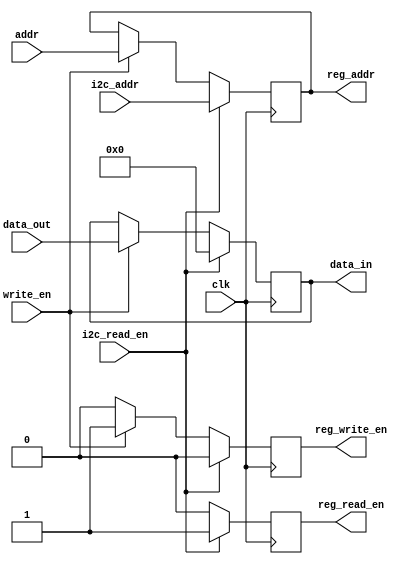
`timescale 1ns / 1ps

module mem_mux(
    input clk,
    input [3:0] addr,
    input [7:0] data_out,
    input write_en,
    input [3:0] i2c_addr,
    input i2c_read_en,
    output reg [3:0] reg_addr,
    output reg [7:0] data_in,
    output reg reg_write_en,
    output reg reg_read_en
    );
    
    always @ (posedge clk) begin
        reg_read_en = 0;
        reg_write_en = 0;
        if (i2c_read_en == 1) begin   // if read signal by i2c is asserted
            // let the i2c read the data pointed by i2c_addr
            reg_addr = i2c_addr;
            data_in = 0;
            reg_read_en = 1;
            reg_write_en = 0;
            
        end else if (write_en == 1) begin
            // let the data from other bcd_to_mem module to pass through
            reg_addr = addr;    // address from bcd_to_mem module
            data_in = data_out; // data_out is form bcd_to_mem module
            reg_write_en = 1;
            reg_read_en = 0;
        end
    end
endmodule